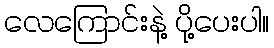
လေကြောင်းနဲ့ ပို့ပေးပါ။